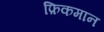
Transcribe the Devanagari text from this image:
फ़िकमान